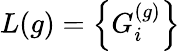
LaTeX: L(g)=\left\{ G_{i}^{(g)}\right\}